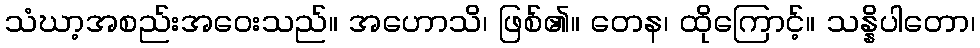
သံဃာ့အစည်းအဝေးသည်။ အဟောသိ၊ ဖြစ်၏။ တေန၊ ထိုကြောင့်။ သန္နိပါတော၊